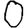
Digit: 0